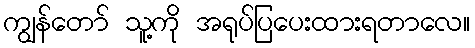
ကျွန်တော် သူ့ကို အရုပ်ပြပေးထားရတာလေ။